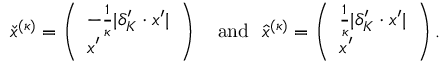
\check { x } ^ { ( \kappa ) } = \left( \begin{array} { l } { - \frac 1 \kappa | \delta _ { K } ^ { \prime } \cdot x ^ { \prime } | } \\ { x ^ { \prime } } \end{array} \right) \mathrm { ~ \ ~ a n d ~ \ } \hat { x } ^ { ( \kappa ) } = \left( \begin{array} { l } { \frac 1 \kappa | \delta _ { K } ^ { \prime } \cdot x ^ { \prime } | } \\ { x ^ { \prime } } \end{array} \right) .